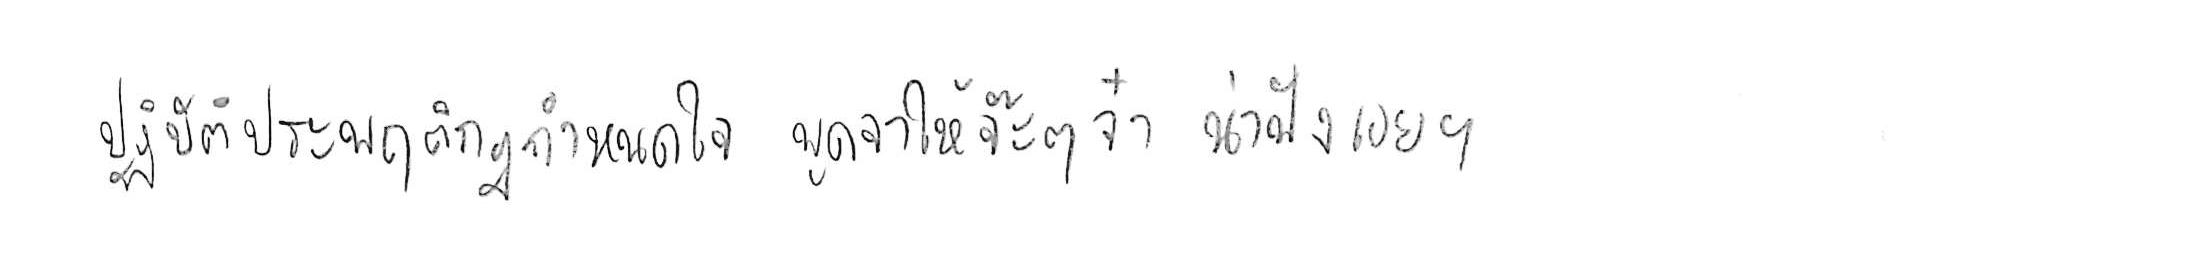
ปฏิบัติประพฤติกฎกำหนดใจ พูดจาให้จ๊ะๆ จ๋า น่าฟังเอยฯ